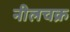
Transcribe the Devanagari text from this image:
नीलचक्र